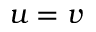
u = v